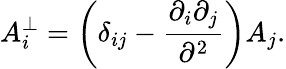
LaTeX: A_{i}^{\bot}=\left(\delta_{ij}-\frac{\partial_{i}\partial_{j}}{\partial^{2}}\right)A_{j}.